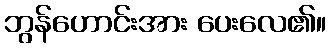
ဘွန်ဟောင်းအား ပေးလေ၏။